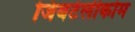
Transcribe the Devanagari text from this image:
जिबटेलीकोम